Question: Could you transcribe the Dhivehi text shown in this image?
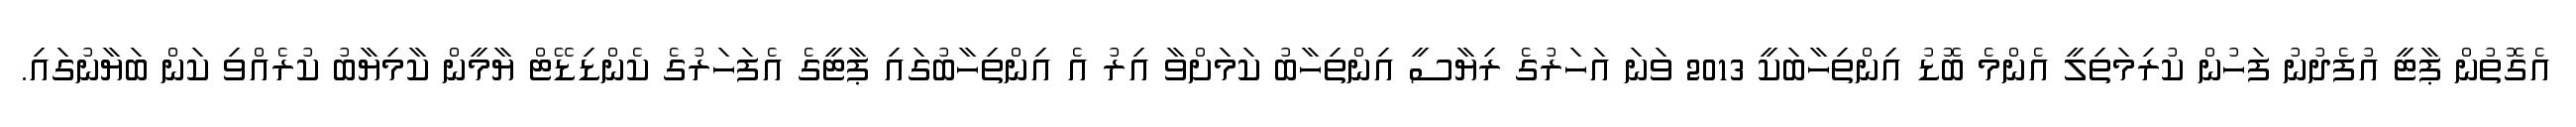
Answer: އެގޮތުން ޕާޓީ އުފެދުނު ފަހުން ކުރިމަތިލީ އެންމެ ބޮޑު އިންތިހާބަކީ 2013 ވަނަ އަހަރުގެ ރިޔާސީ އިންތިހާބު ކަމަށްވާ އިރު އެ އިންތިހާބުގައި ޕާޓީގެ އެފަހަރުގެ ކެންޑިޑޭޓް ޔާމީން ކާމިޔާބު ކުރެއްވި ކަން ބަޔާނުގައި.